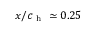
x / c _ { \mathrm { ~ h ~ } } \simeq 0 . 2 5